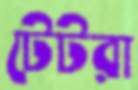
টেটরা